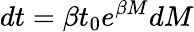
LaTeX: dt=\beta t_{0}e^{\beta M}dM